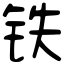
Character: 铁